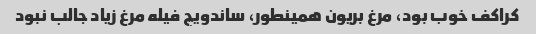
کراکف خوب بود، مرغ بریون همینطور، ساندویچ فیله مرغ زیاد جالب نبود